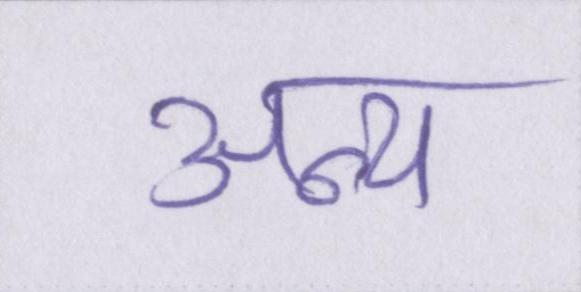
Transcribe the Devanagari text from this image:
अन्य